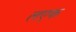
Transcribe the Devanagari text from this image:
लएफ